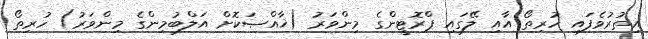
އިތުރުވެފައި ހުރިތޯ އާއި ލޭގައި ޕްރޮޓީންގެ މިންވަރު (ޚާއްޞަކޮށް އަލްބުމިންގެ މިންވަރު) ހުރިތޯ